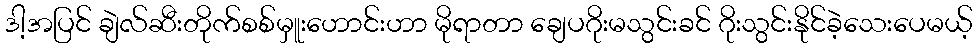
ဒါ့အပြင် ချဲလ်ဆီးတိုက်စစ်မှူးဟောင်းဟာ မိုရာတာ ချေပဂိုးမသွင်းခင် ဂိုးသွင်းနိုင်ခဲ့သေးပေမယ့်